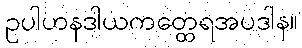
ဥပါဟနဒါယကတ္ထေရအပဒါန။